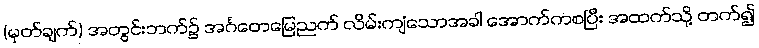
(မှတ်ချက်) အတွင်းဘက်၌ အင်္ဂတေမြေညက် လိမ်းကျံသောအခါ အောက်ကစပြီး အထက်သို့ တက်၍